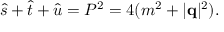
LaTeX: \hat { s } + \hat { t } + \hat { u } = P ^ { 2 } = 4 ( m ^ { 2 } + \vert { \bf q } \vert ^ { 2 } ) .